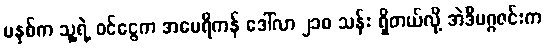
မနှစ်က သူ့ရဲ့ ဝင်ငွေက အမေရိကန် ဒေါ်လာ ၂၁၈ သန်း ရှိတယ်လို့ အဲဒီမဂ္ဂဇင်းက